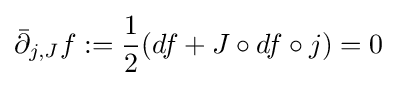
{\bar {\partial }}_{j,J}f:={\frac {1}{2}}(df+J\circ df\circ j)=0